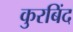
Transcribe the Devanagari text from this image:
कुरबिंद